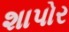
શાપોર